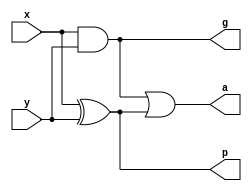
module add(g,a,p,x,y);


output g,a,p;
input x,y;

assign p=x^y;
assign g=x&y;
assign a=g|p;

endmodule